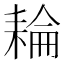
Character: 耣